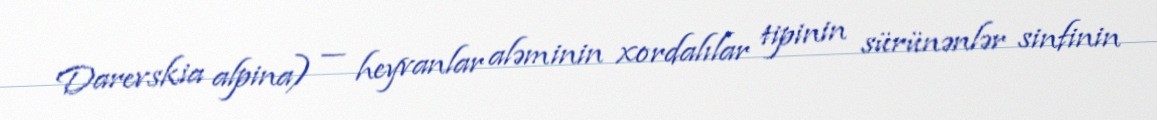
Darevskia alpina) — heyvanlar aləminin xordalılar tipinin sürünənlər sinfinin